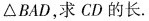
\triangle BAD，求CD的长。